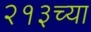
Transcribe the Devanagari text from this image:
२१३च्या